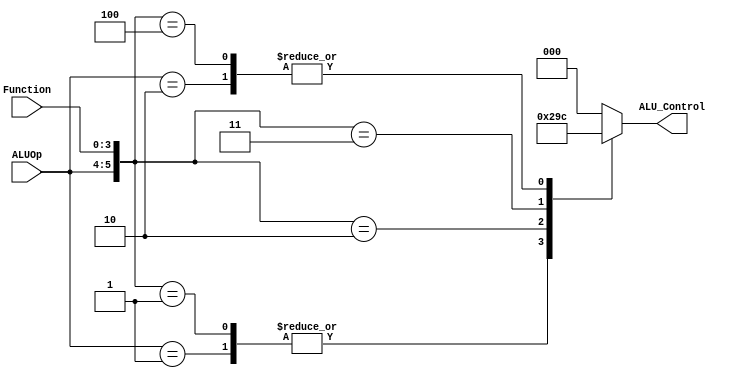
`timescale 1ns / 1ps
//////////////////////////////////////////////////////////////////////////////////
// Company: 
// Engineer: 
// 
// Design Name: 
// Module Name:    ALUControl 
// Project Name: 
// Target Devices: 
// Tool versions: 
// Description: 
//
// Dependencies: 
//
// Revision: 
// Revision 0.01 - File Created
// Additional Comments: 
//
//////////////////////////////////////////////////////////////////////////////////
// Submodule: ALU Control Unit in Verilog 
 module ALUControl( ALU_Control, ALUOp, Function);  
 output reg[2:0] ALU_Control;  
 input [1:0] ALUOp;  
 input [3:0] Function;  
 wire [5:0] ALUControlIn;  
 assign ALUControlIn = {ALUOp,Function};  
 always @(ALUControlIn)  
 casex (ALUControlIn)  
  6'b11xxxx: ALU_Control=3'b000;  
  6'b10xxxx: ALU_Control=3'b100;  
  6'b01xxxx: ALU_Control=3'b001;  
  6'b000000: ALU_Control=3'b000;  
  6'b000001: ALU_Control=3'b001;  
  6'b000010: ALU_Control=3'b010;  
  6'b000011: ALU_Control=3'b011;  
  6'b000100: ALU_Control=3'b100;  
  default: ALU_Control=3'b000;  
  endcase  
 endmodule  
// Verilog code for JR control unit
module JR_Control( input[1:0] alu_op, 
       input [3:0] funct,
       output JRControl
    );
assign JRControl = ({alu_op,funct}==6'b001000) ? 1'b1 : 1'b0;
endmodule